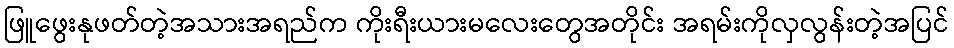
ဖြူဖွေးနုဖတ်တဲ့အသားအရည်က ကိုးရီးယားမလေးတွေအတိုင်း အရမ်းကိုလှလွန်းတဲ့အပြင်